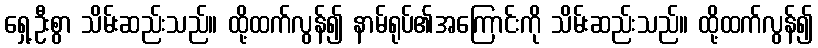
ရှေ့ဦးစွာ သိမ်းဆည်းသည်။ ထို့ထက်လွန်၍ နာမ်ရုပ်၏အကြောင်းကို သိမ်းဆည်းသည်။ ထို့ထက်လွန်၍